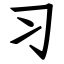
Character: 习